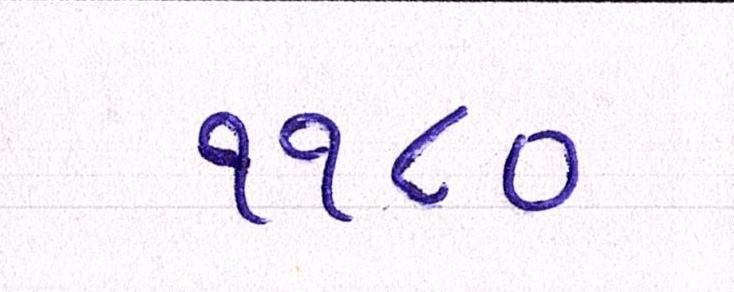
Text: ૧૧૮૦